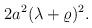
LaTeX: \begin{align*}2a^2(\lambda+\varrho)^2. \end{align*}